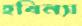
হবিন্যা